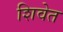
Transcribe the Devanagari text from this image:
शिवेत